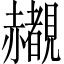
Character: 𬦄